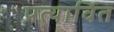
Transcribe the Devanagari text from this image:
प्रत्यार्वित